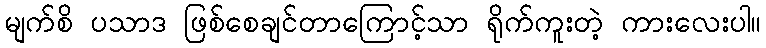
မျက်စိ ပသာဒ ဖြစ်စေချင်တာကြောင့်သာ ရိုက်ကူးတဲ့ ကားလေးပါ။